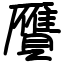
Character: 贋